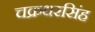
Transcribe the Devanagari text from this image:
चक्रधरसिंह